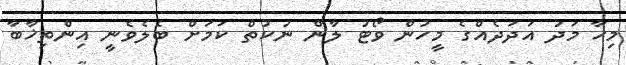
މިހާ މަދު އަދަދެއްގެ މީހުން ވޯޓު ލާން ނުކުތް ކަމަށް ބެލެވެނީ އިންތިޚާބާ